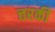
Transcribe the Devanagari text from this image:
त्तरकी